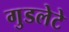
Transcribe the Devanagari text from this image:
गुडलेटे